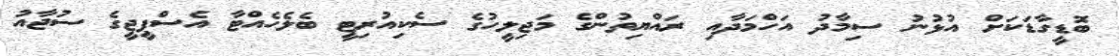
ބޮޑީގާޑަކަށް އުޅުނު ސިމާދު އަހްމަދާއި ރައްޔިތުންގެ މަޖިލީހުގެ ސެކިއުރިޓީ ބެލެހެއްޓާ އެސްޕީޖީގެ ސުޖާއު